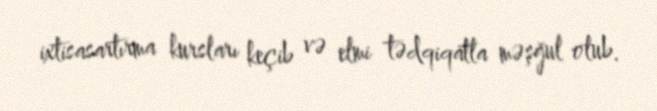
ixtisasartırma kursları keçib və elmi tədqiqatla məşğul olub.